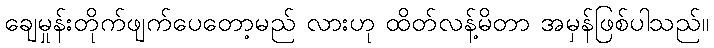
ချေမှုန်းတိုက်ဖျက်ပေတော့မည် လားဟု ထိတ်လန့်မိတာ အမှန်ဖြစ်ပါသည်။